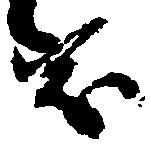
茂